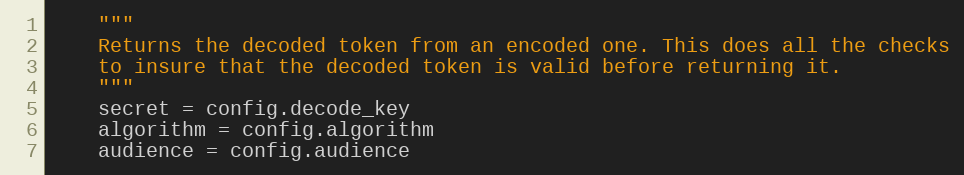
Language: Python
    """
    Returns the decoded token from an encoded one. This does all the checks
    to insure that the decoded token is valid before returning it.
    """
    secret = config.decode_key
    algorithm = config.algorithm
    audience = config.audience